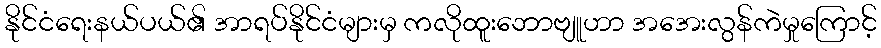
နိုင်ငံရေးနယ်ပယ်၏ အာရပ်နိုင်ငံများမှ ကလိုထူးဘောဗျူဟာ အအေးလွန်ကဲမှုကြောင့်